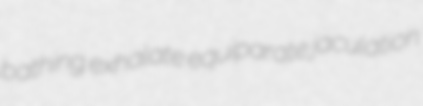
bathing exhalate equiparate jaculation